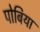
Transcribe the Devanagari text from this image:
पोबिया